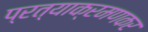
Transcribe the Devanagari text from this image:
प्रत्याक्रमणकर